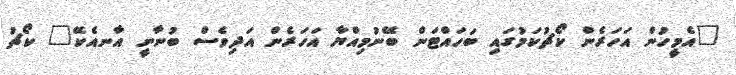
"އެމީހުން އަހަރެން ކޯޗުކަމުގައި ބަހައްޓަން ބޭނުމިއްޔާ އަހަރެން އަދިވެސް ބުނާނީ އާނއެކޭ" ކޯޗު